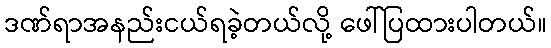
ဒဏ်ရာအနည်းငယ်ရခဲ့တယ်လို့ ဖေါ်ပြထားပါတယ်။